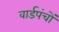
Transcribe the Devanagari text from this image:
वार्डपंचों